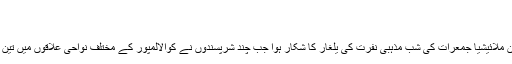
(02.08.2010)
ملائیشیا میں گرجا گھروں پر حملے
مذہبی رواداری اورکثیرالثقافتی روایتوں کا امین ملائیشیا جمعرات کی شب مذہبی نفرت کی یلغار کا شکار ہوا جب چند شرپسندوں نے کوالالمپور کے مختلف نواحی علاقوں میں تین گرجا گھروں پرآتشی مادوں سے حملے کئے۔